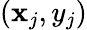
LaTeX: (\mathbf{x}_{j},y_{j})